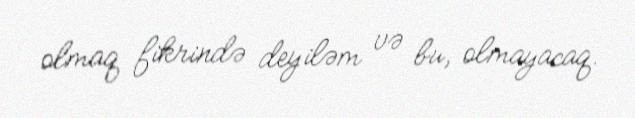
olmaq fikrində deyiləm və bu, olmayacaq.